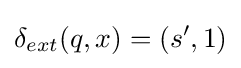
\delta _{ext}(q,x)=(s',1)